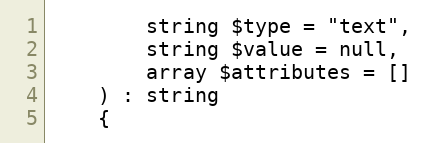
Language: PHP
        string $type = "text",
        string $value = null,
        array $attributes = []
    ) : string
    {